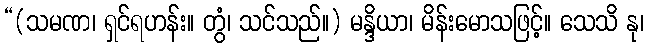
“(သမဏ၊ ရှင်ရဟန်း။ တွံ၊ သင်သည်။) မန္ဒိယာ၊ မိန်းမောသဖြင့်။ သေသိ နု၊